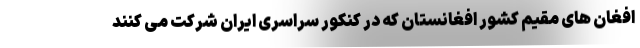
افغان های مقیم کشور افغانستان که در کنکور سراسری ایران شرکت می کنند